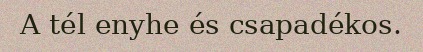
A tél enyhe és csapadékos.